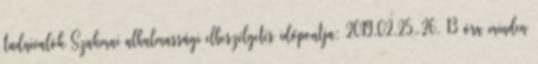
tudnivalók Szakmai alkalmassági elbeszélgetés időpontja: 2019.02.25-26. 13 óra minden